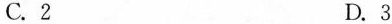
C.2 D.3